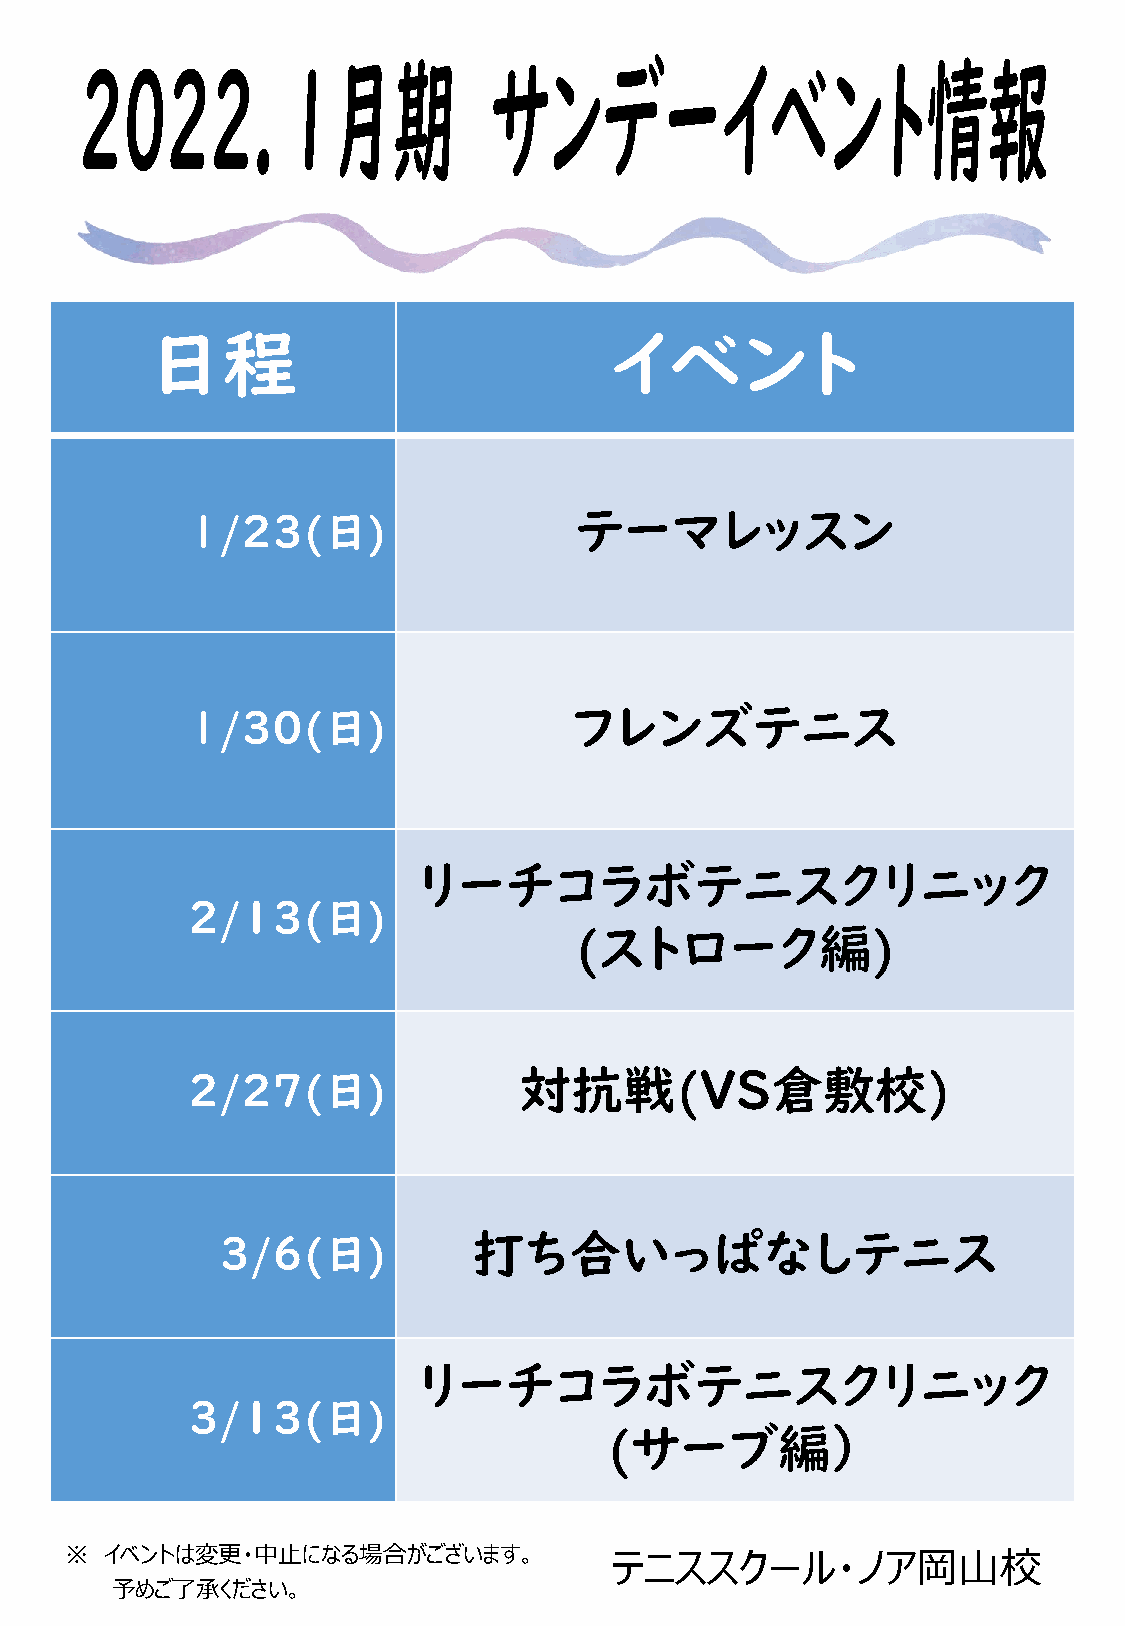
日程                            イベント
 1/２３(日)                   テーマレッスン
 1/30(日)                   フレンズテニス
 リーチコラボテニスクリニック
 ２/１３(日)
 (ストローク編)
 ２/２７(日)               対抗戦(VS倉敷校)
 ３/６(日)           打ち合いっぱなしテニス
 リーチコラボテニスクリニック
 ３/１３(日)
 (サーブ編）
 ※  イベントは変更・中止になる場合がございます。            テニススクール・ノア岡山校
 予めご了承ください。